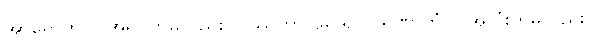
အာရောဟံဝါ၊ အရပ်ကိုမူလည်း။ ပဿိတွာ၊ မြင်၍။ ပရိဏာဟံဝါ၊ အလုံးကိုမူလည်း။